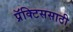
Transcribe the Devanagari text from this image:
प्रॅक्टिससाठी